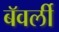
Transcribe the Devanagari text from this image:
बॅवर्ली